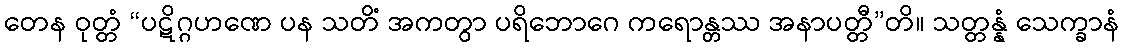
တေန ဝုတ္တံ “ပဋိဂ္ဂဟဏေ ပန သတိံ အကတွာ ပရိဘောဂေ ကရောန္တဿ အနာပတ္တီ”တိ။ သတ္တန္နံ သေက္ခာနံ